Vaccination in Bombay 1889-1901 - 1889-1901
Year: 1889
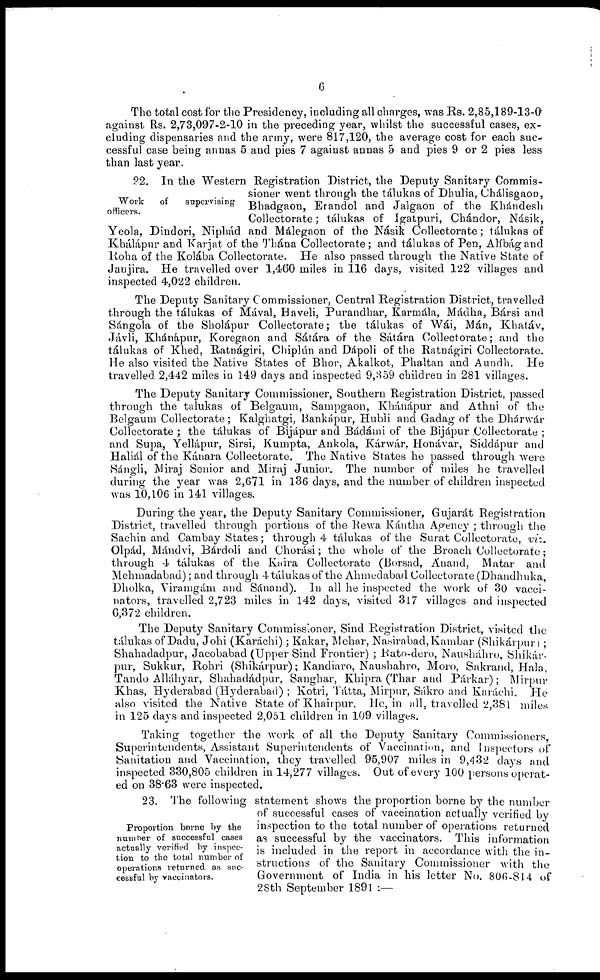
6
The total cost for the Presidency, including all charges, was Rs. 2,85,189-13-0
against Rs. 2,73,097-2-10 in the preceding year, whilst the successful cases, ex-
cluding dispensaries and the army, were 817,120, the average cost for each suc-
cessful case being annas 5 and pies 7 against annas 5 and pies 9 or 2 pies less
than last year.
Work
of
supervising
officers.
22. In the Western Registration District, the Deputy Sanitary Commis-
sioner went through the tálukas of Dhulia, Chálisgaon,
Bhadgaon, Erandol and Jalgaon of the Khándesh
Collectorate; tálukas of Igatpuri, Chándor, Násik,
Yeola, Dindori, Niphád and Málegaon of the Násik Collectorate; tálukas of
Khálápur and Karjat of the Thána Collectorate; and tálukas of Pen, Alíbág and
Roha of the Kolába Collectorate. He also passed through the Native State of
Janjira. He travelled over 1,460 miles in 116 days, visited 122 villages and
inspected 4,022 children.
The Deputy Sanitary Commissioner, Central Registration District, travelled
through the tálukas of Mával, Haveli, Purandhar, Karmála, Mádha, Bársi and
Sángola of the Sholápur Collectorate; the tálukas of Wái, Mán, Khatáv,
Jávli, Khánápur, Koregaon and Sátára of the Sátára Collectorate; and the
tálukas of Khed, Ratnágiri, Chiplún and Dápoli of the Ratnágiri Collectorate.
He also visited the Native States of Bhor, Akalkot, Phaltan and Aundh. He
travelled 2,442 miles in 149 days and inspected 9,359 children in 281 villages.
The Deputy Sanitary Commissioner, Southern Registration District, passed
through the tálukas of Belgaum, Sampgaon, Khánápur and Athni of the
Belgaum Collectorate; Kalghatgi, Bankápur, Hubli and Gadag of the Dhárwár
Collectorate ; the tálukas of Bijápur and Bádámi of the Bijápur Collectorate ;
and Supa, Yellápur, Sirsi, Kumpta, Ankola, Kárwár. Honávar, Siddápur and
Haliál of the Kánara Collectorate. The Native States he passed through were
Sángli, Miraj Senior and Miraj Junior. The number of miles he travelled
during the year was 2,671 in 136 days, and the number of children inspected
was 10,106 in 141 villages.
During the year, the Deputy Sanitary Commissioner, Gujarát Registration
District, travelled through portions of the Rewa Kántha Agency ; through the
Sachin and Cambay States; through 4 tálukas of the Surat Collectorate, viz,
Olpád, Mándvi, Bárdoli and Chorási; the whole of the Broach Collectorate;
through 4 tálukas of the Kaira Collectorate (Borsad, Ánand, Matar and
Mehmadabad); and through 4 tálukas of the Ahmedabad Collectorate (Dhandhuka,
Dholka, Viramgám and Sánand). In all he inspected the work of 30 vacci-
nators, travelled 2,723 miles in 142 days, visited 317 villages and inspected
6,372 children.
The Deputy Sanitary Commissioner, Sind Registration District, visited the
tálukas of Dadu, Johi (Karachi); Kakar, Mehar, Nasirabad,Kambar (Shikárpur) ;
Shahadadpur, Jacobabad (Upper Sind Frontier) ; Rato-dero, Nausháhro, Shikár-
pur, Sukkur, Rohri (Shikárpur); Kandiaro, Naushahro, Moro, Sakrand, Hala,
Tando Alláhyar, Shahadadpur, Sanghar, Khipra (Thar and Párkar); Mirpur
Khas, Hyderabad (Hyderabad) ; Kotri, Tátta, Mirpur, Sákro and Karachi. He
also visited the Native State of Khairpur. He, in all, travelled 2,381 miles
in 125 days and inspected 2,051 children in 109 villages.
Taking together the work of all the Deputy Sanitary Commissioners,
Superintendents, Assistant Superintendents of Vaccination, and Inspectors of
Sanitation and Vaccination, they travelled 95,907 miles in 9,432 days and
inspected 330,805 children in 14,277 villages. Out of every 100 persons operat-
ed on 38.63 were inspected.
Proportion borne by the
number of successful cases
actually verified by inspec-
tion to the total number of
operations returned as suc-
cessful by vaccinators.
23. The following statement shows the proportion borne by the number
of successful cases of vaccination actually verified by
inspection to the total number of operations returned
as successful by the vaccinators. This information
is included in the report in accordance with the in-
structions of the Sanitary Commissioner with the
Government of India in his letter No. 806-814 of
28th September 1891 :—